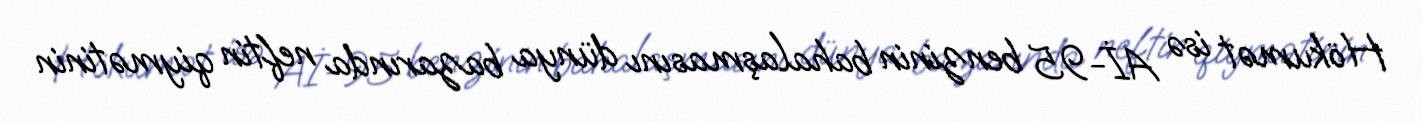
Hökumət isə Aİ-95 benzinin bahalaşmasını dünya bazarında neftin qiymətinin